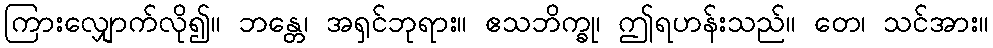
ကြားလျှောက်လို၍။ ဘန္တေ၊ အရှင်ဘုရား။ ဧသဘိက္ခု၊ ဤရဟန်းသည်။ တေ၊ သင်အား။